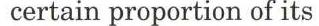
certain proportion of its